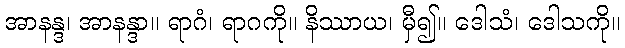
အာနန္ဒ၊ အာနန္ဒာ။ ရာဂံ၊ ရာဂကို။ နိဿာယ၊ မှီ၍။ ဒေါသံ၊ ဒေါသကို။